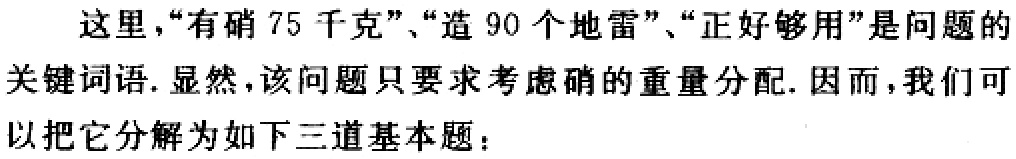
这里，“有硝 75 千克”、“造 90 个地雷”、“正好够用”是问题的

关键词语. 显然，该问题只要求考虑硝的重量分配. 因而，我们可

以把它分解为如下三道基本题：